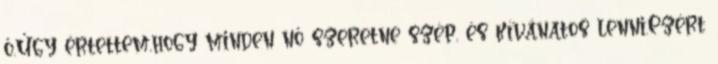
ő.Úgy értettem,hogy minden nő szeretne szép, és kívánatos lenni.Ezért